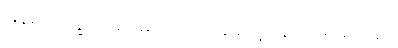
မြန်မာပြက္ခဒိန်များမှာ လပြည့်ခေါ်တဲ့နေ့ လမပြည့်ဘူး။